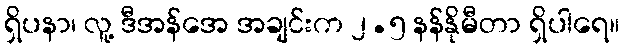
ရှိပနာ၊ လူ့ ဒီအန်အေ အချင်းက ၂.၅ နန်နိုမီတာ ရှိပါရေ။